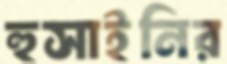
হুসাইনির